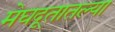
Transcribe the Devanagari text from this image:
मेघदूतातल्या